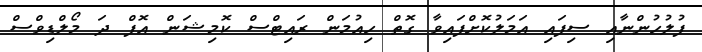
ފުލުހުންނާއި ސިފައި އަމަލުކޮށްފައިވާ ގޮތް ހިއުމަން ރައިޓްސް ކޮމިޝަން އޮފް ދަ މޯލްޑިވްސް